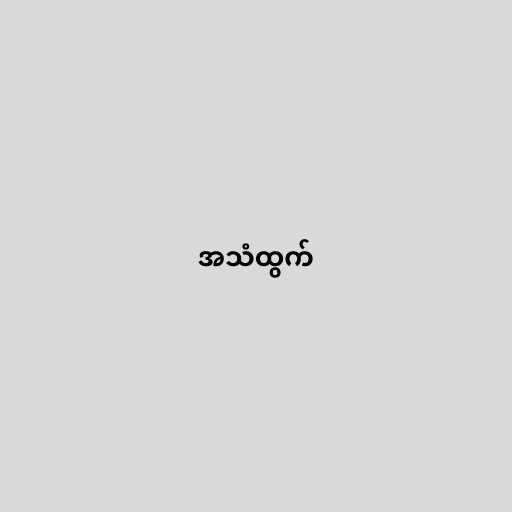
အသံထွက်